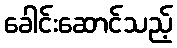
ခေါင်းဆောင်သည့်